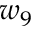
w _ { 9 }